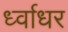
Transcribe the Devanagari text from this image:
र्ध्वाधर